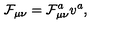
\mathcal { F } _ { \mu \nu } = \mathcal { F } _ { \mu \nu } ^ { a } v ^ { a } ,